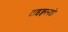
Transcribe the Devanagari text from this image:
टाइक्वानडो